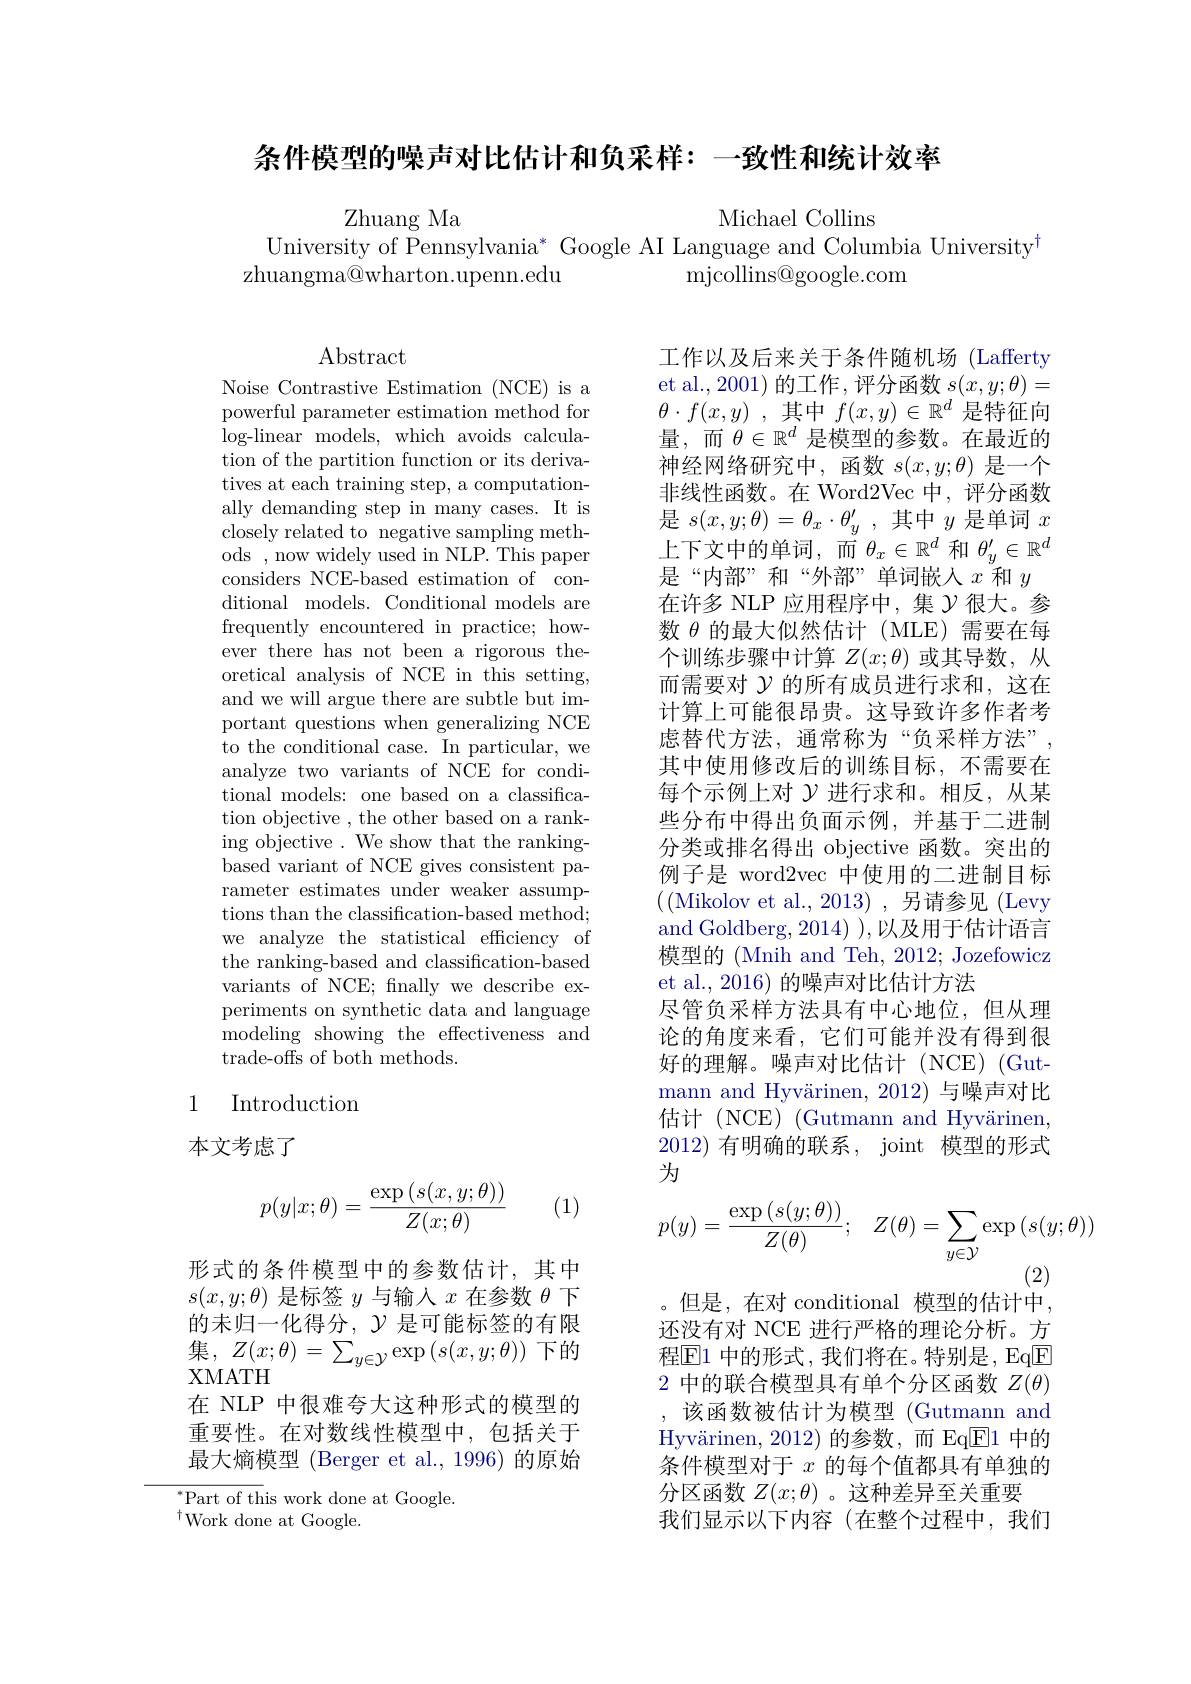
条件模型的噪声对比估计和负采样：一致性和统计效率

Michael Collins
University of Pennsylvania* Google AI Language and Columbia University$^{\dagger}$

Zhuang Ma
mjcollins@ google. com
zhuangma@wharton.upenn.edu

Abstract

Noise Contrastive Estimation (NCE) is a powerful parameter estimation method for log-linear models, which avoids calculation of the partition function or its derivatives at each training step, a computationally demanding step in many cases. It is closely related to negative sampling methods , now widely used in NLP. This paper considers NCE-based estimation of conditional models. Conditional models are frequently encountered in practice; however there has not been a rigorous theoretical analysis of NCE in this setting, and we will argue there are subtle but important questions when generalizing NCE to the conditional case. In particular, we analyze two variants of NCE for conditional models: one based on a classification objective , the other based on a ranking objective. We show that the rankingbased variant of NCE gives consistent parameter estimates under weaker assumptions than the classification-based method; we analyze the statistical efficiency of the ranking-based and classification-based variants of NCE; fnally we describe experiments on synthetic data and language modeling showing the effectiveness and trade-offs of both methods.

工作以及后来关于条件随机场(Lafferty et al.,2001) 的工作，评分函数$s(x,y;\theta)=$ $\theta \cdot f( x, y)$ ,其中$f(x,y)\in\mathbb{R}^d$是特征向量，而$\theta\in\mathbb{R}^d$是模型的参数。在最近的神经网络研究中，函数$s(x,y;\theta)$是一个非线性函数。在 Word2Vec 中，评分函数是$s(x,y;\theta)=\theta_{x}\cdot\theta_{y}^{\prime}$,其中$y$是单词$x$ 上下文中的单词，而$\theta_x\in\mathbb{R}^d$和$\theta_y^\prime\in\mathbb{R}^d$ 是“内部”和“外部”单词嵌人$x$和$y$ 在许多 NLP 应用程序中，集$\gamma$很大。参数$\theta$的最大似然估计(MLE)需要在每个训练步骤中计算$Z(x;\theta)$或其导数，从而需要对$\mathcal{Y}$的所有成员进行求和，这在计算上可能很昂贵。这导致许多作者考虑替代方法，通常称为“负采样方法”, 其中使用修改后的训练目标，不需要在每个示例上对$\gamma$进行求和。相反，从某些分布中得出负面示例，并基于二进制分类或排名得出 objective 函数。突出的例子是 word2vec 中使用的二进制目标$$(($Mikolov et al.,2013)$,另请参见(Levy and Goldberg, 2014) ),以及用于估计语言模型的 (Mnih and Teh, 2012; Jozefowicz et al., 2016) 的噪声对比估计方法
尽管负采样方法具有中心地位，但从理论的角度来看，它们可能并没有得到很好的理解。噪声对比估计(NCE)(Gutmann and Hyvärinen, 2012) 与噪声对比估计 (NCE) (Gutmann and Hyvärinen, 2012)有明确的联系，joint 模型的形式为
$$p(y)=\frac{\exp\left(s(y;\theta)\right)}{Z(\theta)};\quad Z(\theta)=\sum_{y\in\mathcal{Y}}\exp\left(s(y;\theta)\right)$$
### 1 Introduction

本文考虑了
$$p(y|x;\theta)=\frac{\exp\left(s(x,y;\theta)\right)}{Z(x;\theta)}$$
(1)

形式的条件模型中的参数估计，其中$s(x,y;\theta)$是标签$y$与输入$x$在参数$\theta$下的未归一化得分，$\mathcal{Y}$是可能标签的有限集，$Z( x; \theta ) = \sum _{y\in \mathcal{Y} }\exp \left ( s( x, y; \theta ) \right )$下的XMATH
在 NLP 中很难夸大这种形式的模型的重要性。在对数线性模型中，包括关于最大熵模型 (Berger et al., 1996) 的原始${^*\text{Part of th}}$is work done at Google.

。但是、在对 conditional 模型的估计中还没有对 NCE 进行严格的理论分析。方程$\overline{\mathrm{E}}1$ 中的形式，我们将在。特别是，Eq$\underline{\mathrm{E}}$ 2 中的联合模型具有单个分区函数$Z(\theta)$ ,该函数被估计为模型(Gutmann and Hyv$\" {a}$rinen, 2012) 的参数，而 Eq$\underline{\mathrm{E}}$1 中的条件模型对于$x$的每个值都具有单独的分区函数$Z(x;\theta)$ 。这种差异至关重要
我们显示以下内容(在整个过程中，我们

$^{\dagger}$Work done at Google.